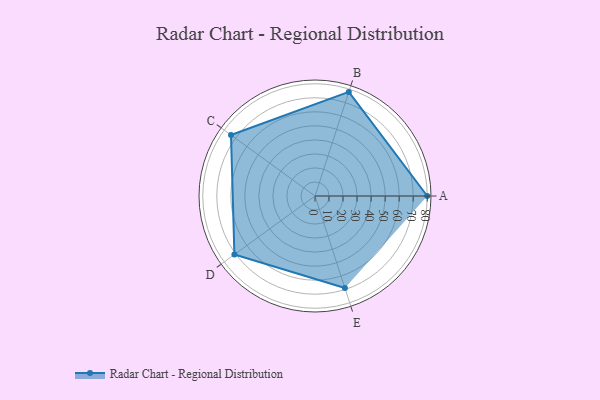
{"axis": {"x": "Skill", "y": "Score"}, "legend": ["Profile"], "data": [{"x": "A", "y": 80.0, "type": "Profile"}, {"x": "B", "y": 78.0, "type": "Profile"}, {"x": "C", "y": 74.0, "type": "Profile"}, {"x": "D", "y": 71.0, "type": "Profile"}, {"x": "E", "y": 69.0, "type": "Profile"}]}